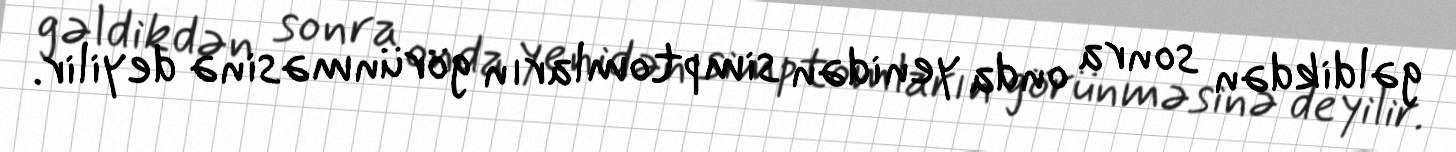
gəldikdən sonra onda yenidən simptomların görünməsinə deyilir.